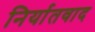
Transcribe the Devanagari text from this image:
निर्यातवाद